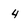
Character: 4